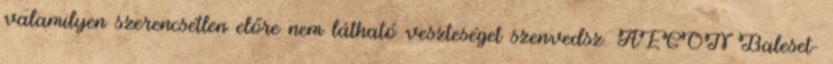
valamilyen szerencsétlen előre nem látható veszteséget szenvedsz. AEGON Baleset-